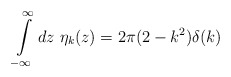
\begin{align*}\int\limits_{-\infty}^{\infty} dz~ \eta _k (z) = 2 \pi (2 - k^2) \delta (k)\end{align*}